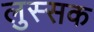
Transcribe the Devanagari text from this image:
लुस्सक